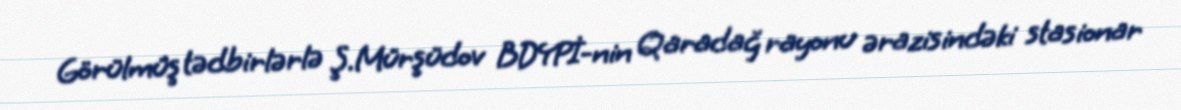
Görülmüş tədbirlərlə Ş.Mürşüdov BDYPİ-nin Qaradağ rayonu ərazisindəki stasionar